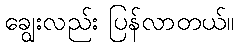
ချွေးလည်း ပြန်လာတယ်။